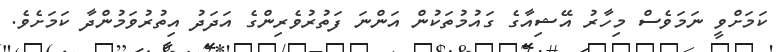
ކަމަށްވީ ނަމަވެސް މިހާރު އޭޝިއާގެ ގައުމުތަކުން އަންނަ ފަތުރުވެރިންގެ އަދަދު އިތުރުވަމުންދާ ކަމަށެވެ.